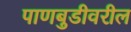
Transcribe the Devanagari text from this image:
पाणबुडीवरील